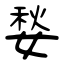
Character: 媝